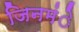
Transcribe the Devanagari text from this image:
जिनमंे